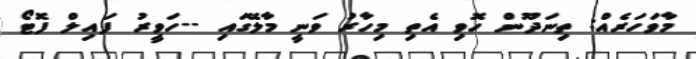
މާވަހަރެއް: ތިނަދޫން ހޮވި އެތި މިހާރު ވަނީ މާލޭގައި --ހަވީރު ފައިލް ފޮޓޯ